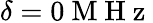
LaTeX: \delta=0\mathrm{~M~H~z~}